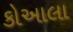
કોઆલા